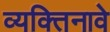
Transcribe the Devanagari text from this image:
व्यक्तिनावे